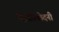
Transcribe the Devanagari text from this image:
विमतिच्छेदनी